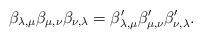
LaTeX: \begin{align*}\beta_{\lambda,\mu}\beta_{\mu,\nu}\beta_{\nu,\lambda}=\beta'_{\lambda,\mu}\beta'_{\mu,\nu}\beta'_{\nu,\lambda}.\end{align*}